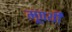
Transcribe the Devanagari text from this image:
मूपथी